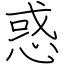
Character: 惑